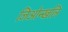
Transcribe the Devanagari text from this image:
जिओन्खलि